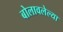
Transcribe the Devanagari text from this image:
बोलावलेल्या